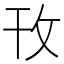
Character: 攼